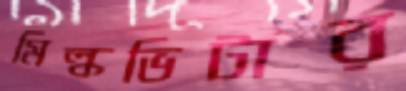
মিল্কভিটার